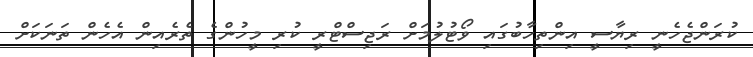
ކުރަންޖެހެނީ ރިޔާސީ އިންތިހާބުގައި ވޯޓުލުމަށް ރަޖިސްޓްރީ ކުރި މީހުންގެ ތެރެއިން އެހެން ތަނަކަށް